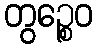
တွဉ္စေဝ